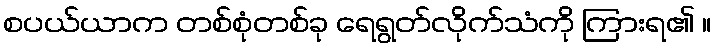
စပယ်ယာက တစ်စုံတစ်ခု ရေရွတ်လိုက်သံကို ကြားရ၏ ။